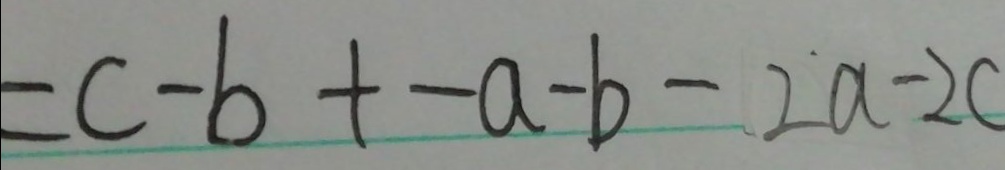
= c - b + - a - b - 2 a - 2 c